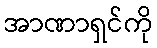
အာဏာရှင်ကို